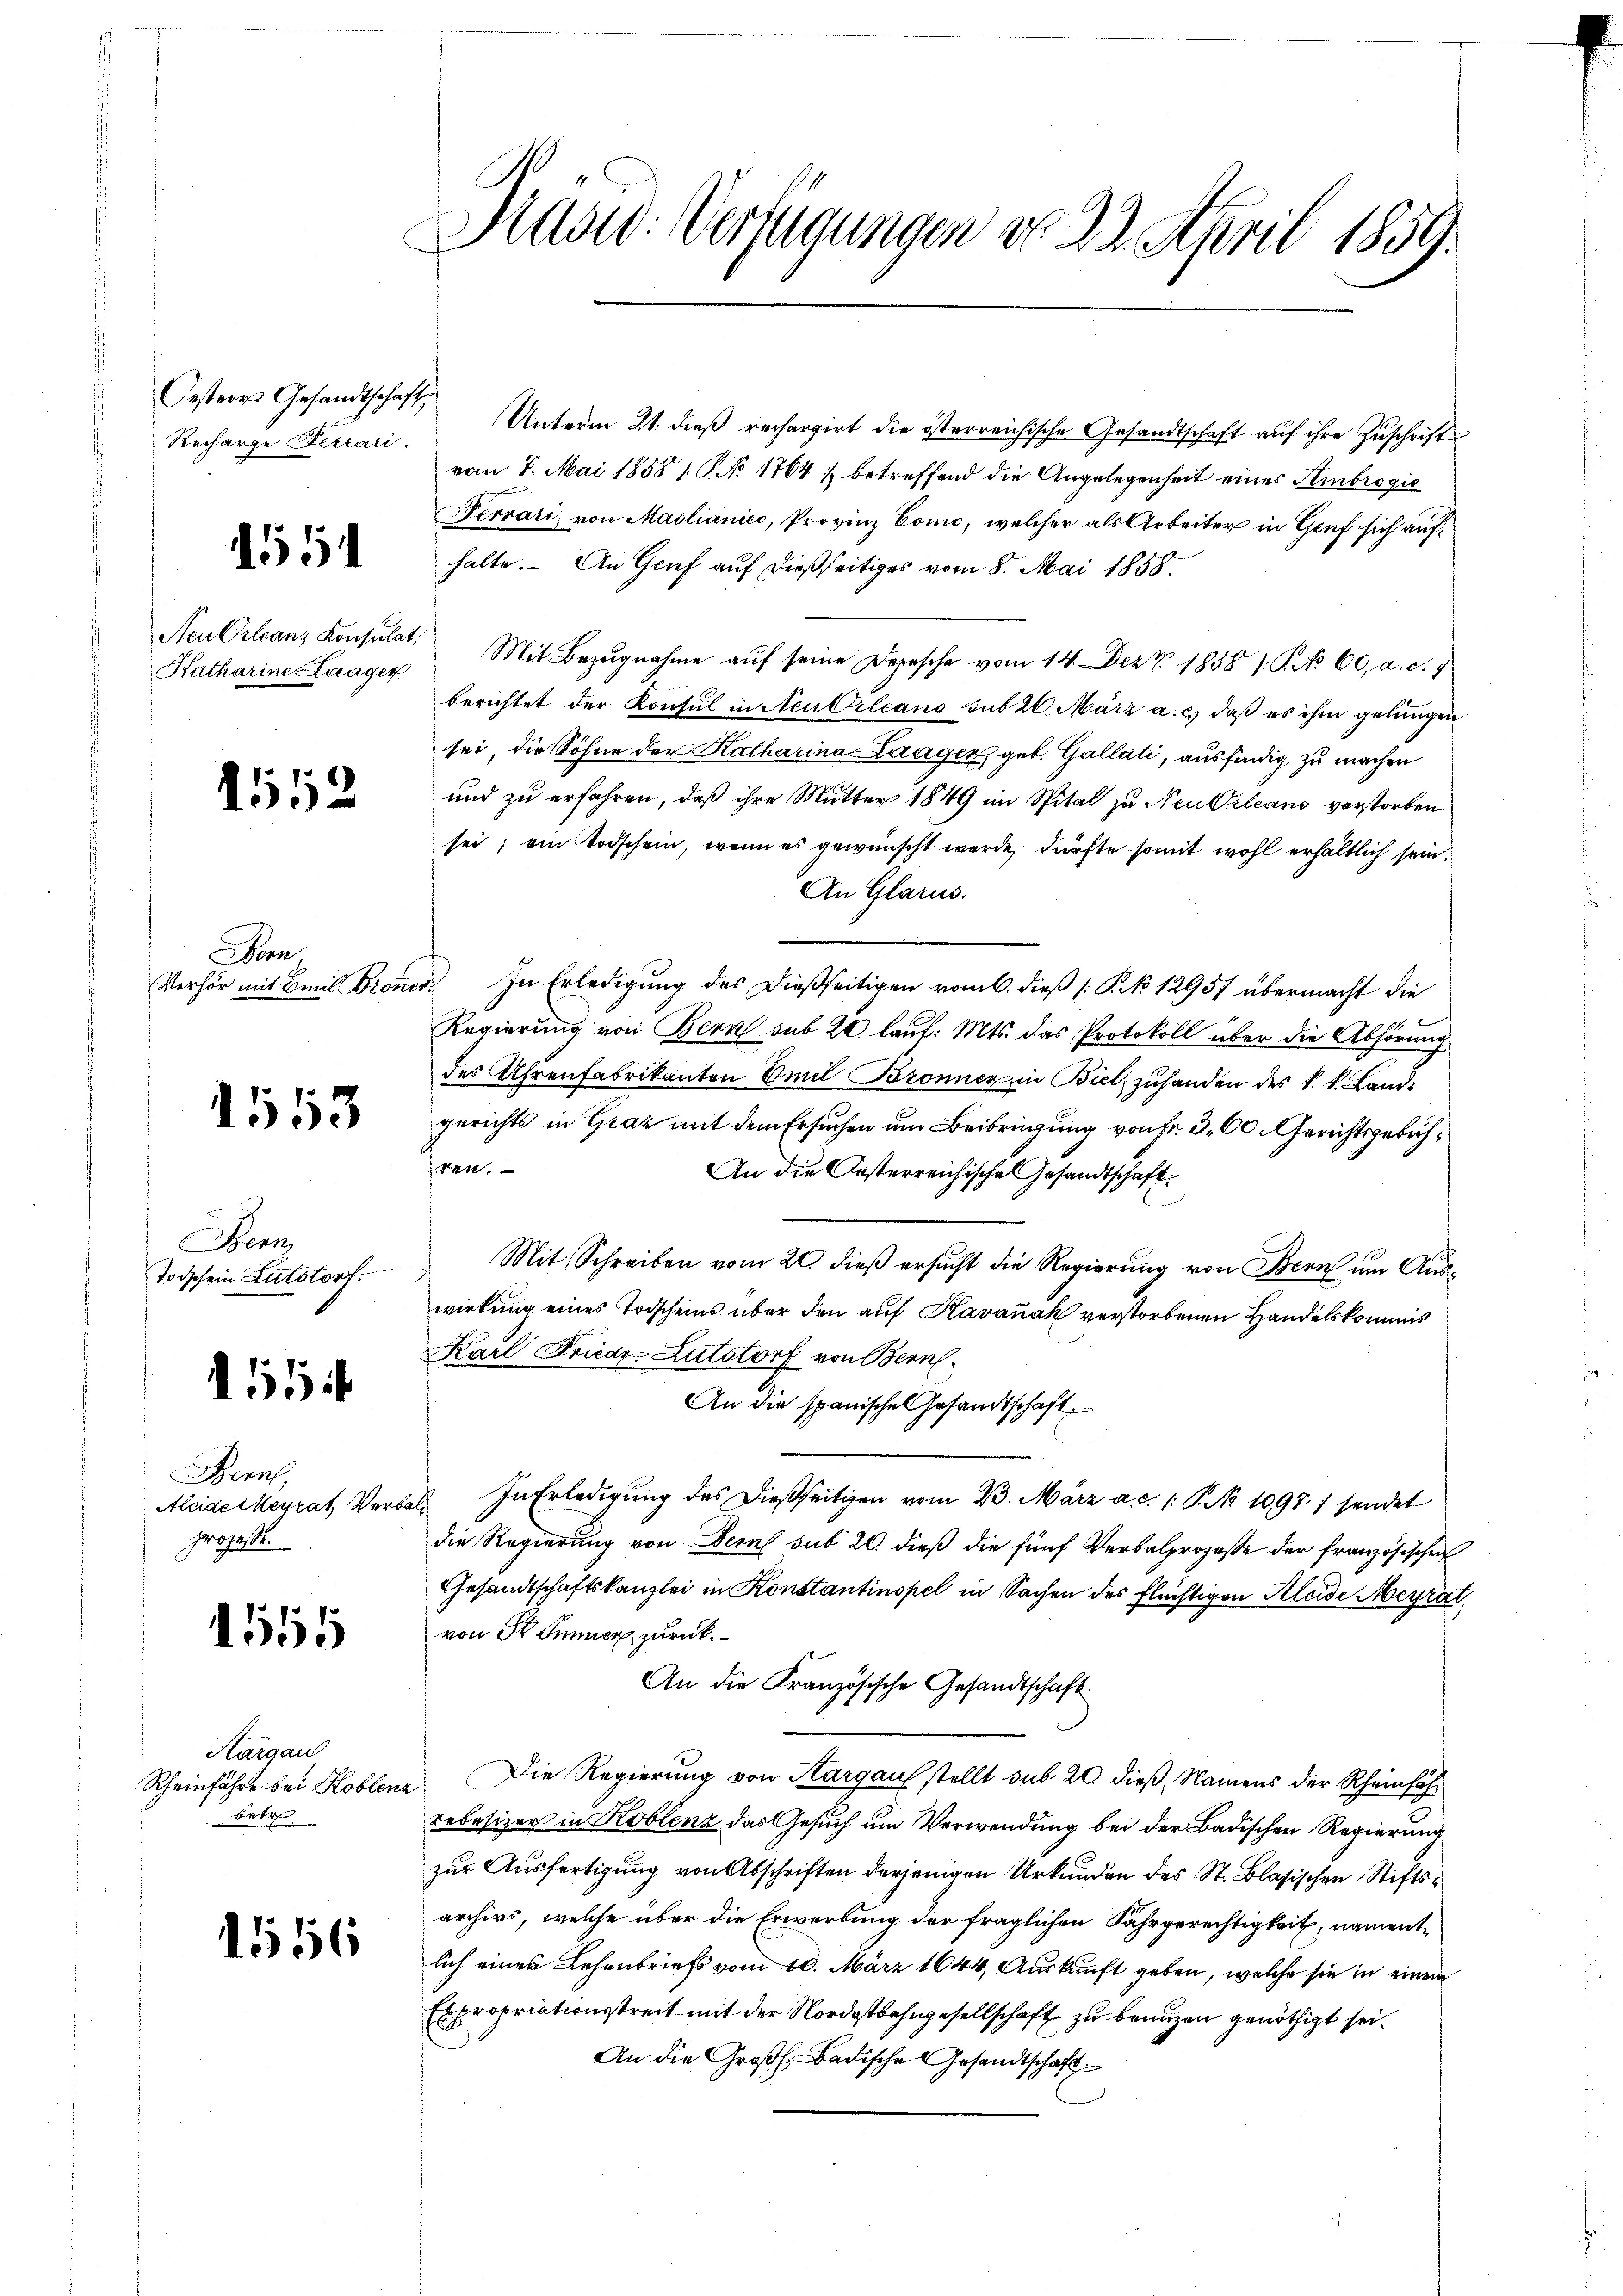
Oesteres Gesandtschaft,
Recharge Ferrari

1554

Neu Orleans Konsulat,
Katharine Laager

4152

Bern,
Verhör mit Emil Bronc

1553

Bern,
Torschein Entstorf.

11

Bern,
Aleide Heyrat Verbe
prozesse.

1555

Hargau
Rheinfahre bei Koblenz
betr

1556

Kaser-Verfügungen do 23. April 1859.

Unterm 21. dieß rechargirt die österreichische Gesandtschaft auf ihre Zuschrift
vom 7. Mai 1858 [§ 1764 ; betreffend die Angelegenheit eines Sembrogie
Ferrari, von Maslianicc, Provinz Como, welcher als Arbeiter in Genf sich aufhalte. - An Genf auf dießseitiges vom 8. Mai 1858.
Mit Bezugnahme auf seine Depesche vom 14. Dez. 1858 1. No 60, a. c. 7
berichtet der Konsul in Neu Orleans sub 20. März a. c.) daß es ihm gelungen
sei, die Söhne der Katharina Laager, geb. Gallati, ausfindig zu machen
und zu erfahren, daß ihre Mutter 1849 im Spital zu Neubtileans verstorben
sei; ein Todschein, wenn es gewünscht werde, dürfte somit wohl erhältlich sein.
An Glarus.
 In Erledigung des dießseitigen vom 6. dieß (: P. 12957 übermacht die
Regierung von Bern sub 20 lauf: Mts. das Protokoll über die Abhörung
des Uhrenfabrikanton Emil Bronner in Biel zuhanden des k. k. Landgerichts in Graz mit dem Ersuchen um Beibringung von Fr. 300. Gerichtsgebüh¬
4.
An die Oesterreichische Gesandtschaft¬
Mit Schreiben vom 20. dieß ersucht die Regierung von Bern um Auswirkung eines Todscheins über den auf Havanak verstorbenen Handelskommis
Karl Friede-Lutstorf von Bern
An die spanische Gesandtschaft
In Erledigung des dießseitigen vom 23. März a. c. 1. P. No 1097 sendet
die Regierung von Bern sub 20. dieß die fünf Verbalprozesse der französischen
Gesandtschaftskanzlei in Konstantinopel in Sachen des flüchtigen Kleide Meyrat
von Sr. Emmer zurück
An die Französische Gesandtschaft.
Die Regierung von Hargaus stellt sub 20 dieß, Namens der Rheinführebesizer in Koblenz das Gesuch um Verwendung bei der Badischen Regierung
zur Ausfertigung von Abschriften derjenigen Urkunden des St. Blasischen Stiftsarchivs, welche über die Erwerbung der fraglichen Fahrgerechtigkeit, namentlich eines Lehenbriefs vom 10. März 1844, Auskunft geben, welche sie in einem
Expropriationsstreit mit der Nordostbahngesellschaft zu benuzen genöthigt sei.
An die Großh. Badische Gesandtschaft